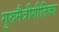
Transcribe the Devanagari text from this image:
गुरुमैत्रीगीतिका